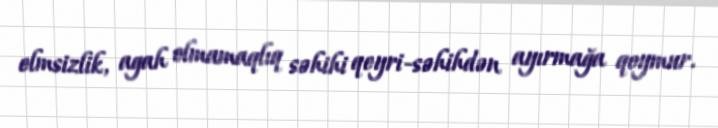
elmsizlik, agah olmamaqlıq səhihi qeyri-səhihdən ayırmağa qoymur.